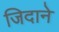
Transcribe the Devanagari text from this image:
जिदाने